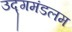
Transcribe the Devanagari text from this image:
उद्गमंडलम